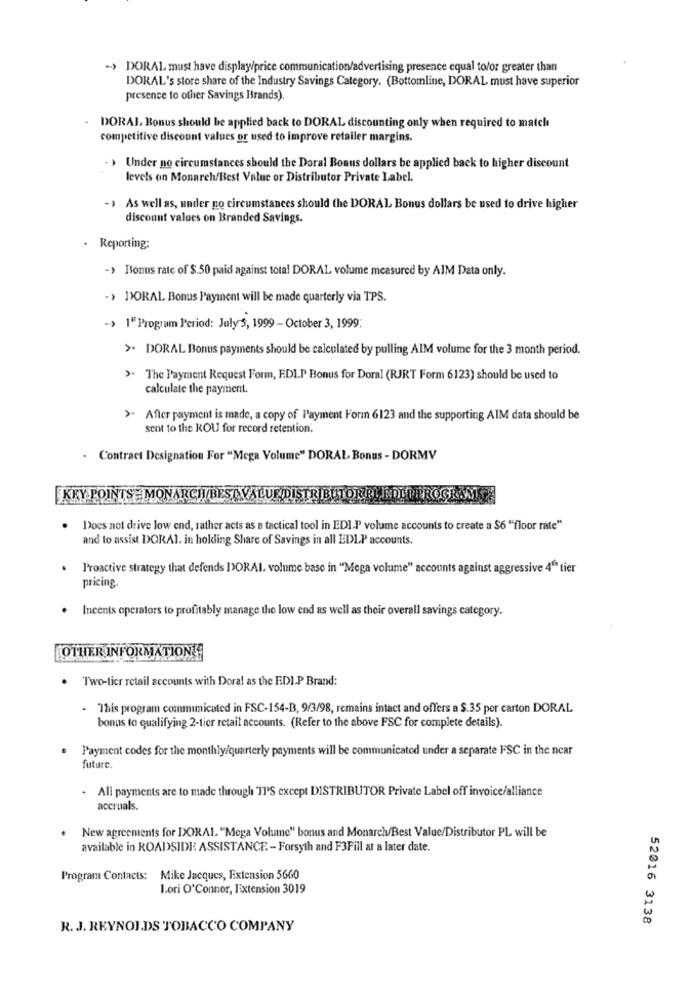
-> DORAL must have display/price communication/advertising presence equal to/or greater than
DORAL's store share of the Industry Savings Category. (Bottomline, DORAL must have superior
presence to other Savings Brands).
DORAL Bonus should be applied back to DORAL discounting only when required to match
competitive discount values or used to improve retailer margins.
> Under no circumstances should the Doral Bonus dollars be applied back to higher discount
levels on Monarch/Best Value or Distributor Private Label.
-> As well as, under no circumstances should the DORAL Bonus dollars be used to drive higher
discount values on Branded Savings.
. Reporting:
-> Bonus rate of $.50 paid against total DORAL volume measured by AIM Data only.
-> DORAL Bonus Payment will be made quarterly via TPS.
-> 1"Program P'eriod: July 5, 1999 - October 3, 1999;
> DORAL Bonus payments should be calculated by pulling AIM volume for the 3 month period.
> The Payment Request Form, EDIP Bonus for Doral (RJRT Form 6123) should be used to
calculate the payment.
After payment is made, a copy of Payment Form 6123 and the supporting AIM data should be
sent to the ROU for record retention.
. Contract Designation For "Mega Volume" DORAL Bonus - DORMV
KEY POINTS = MONARCH BEST VALUE DISTRIBUTOR RIEDL PEROGKSMI.
Does not drive low end, rather acts as a tactical tool in EDI.P volume accounts to create a $6 "floor rate"
and to assist DORAl. in holding Share of Savings in all EDLP accounts.
Proactive strategy that defends [ORAI. volume base in "Mega volume" accounts against aggressive 4" tier
pricing.
. Ineents operators to profitably manage the low end as well as their overall savings category.
OTHER INFORMATIONIS
.
Two-tier retail accounts with Doral as the EDI.P Brand:
- This program communicated in FSC-154-B, 9/3/98, remains intact and offers a $.35 por carton DORAL
bonus to qualifying 2-tier retail accounts. (Refer to the above FSC for complete details).
Payment codes for the monthly/quarterly payments will be communicated under a separate FSC in the near
future.
- All payments are to made through ITS except DISTRIBUTOR Private Label off invoice/alliance
accruals.
.
New agreements for DORAI. "Mega Volume" bonus and Monarch/Best Value/Distributor PL will be
available in ROADSIDE ASSISTANCE .- Forsyth and F3Fill at a later date.
Program Contacts: Mike Jacques, Extension 5660
Lori O'Connor, Extension 3019
52016 3138
R. J. REYNOLDS TOBACCO COMPANY